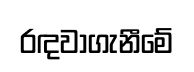
රඳවාගැනීමේ